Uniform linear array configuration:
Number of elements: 4
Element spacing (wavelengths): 0.25
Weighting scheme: kaiser
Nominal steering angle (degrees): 0
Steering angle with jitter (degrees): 0.5315
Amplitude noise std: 0.05
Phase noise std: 0.05

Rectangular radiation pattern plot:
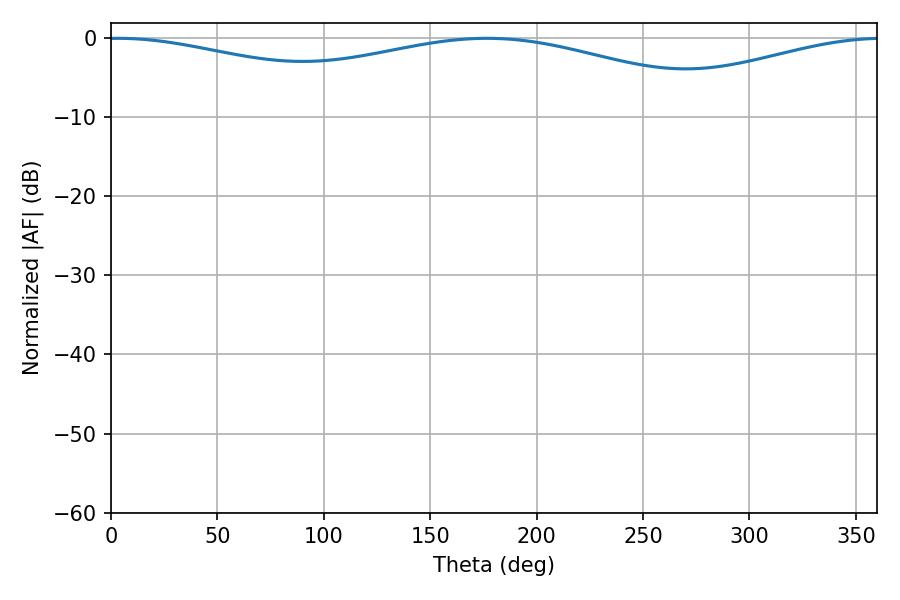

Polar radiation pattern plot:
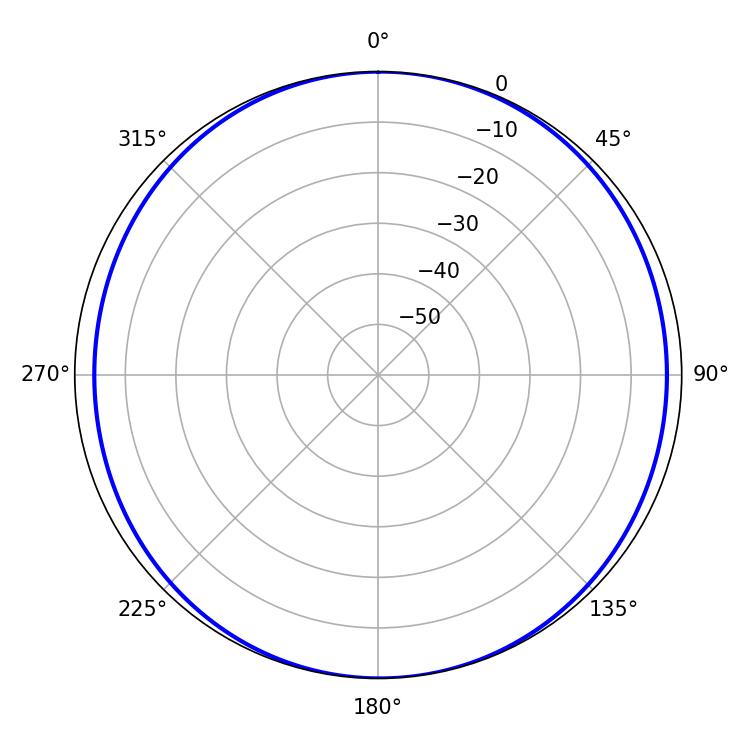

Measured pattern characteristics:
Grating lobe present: FALSE
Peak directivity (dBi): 10.472
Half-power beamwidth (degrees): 242.46
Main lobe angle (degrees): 3.24